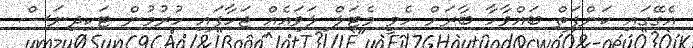
އެގޭގައި ކަންފަތް ބައްވާހާ ބާރަށް ހެވީ މެޓަލް ލަވައެއް ޖަހާފައި ހުރުމުން ޓަކިދިނަސް